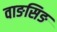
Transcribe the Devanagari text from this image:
वाङसिङ